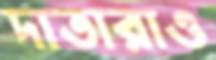
দাতারাও